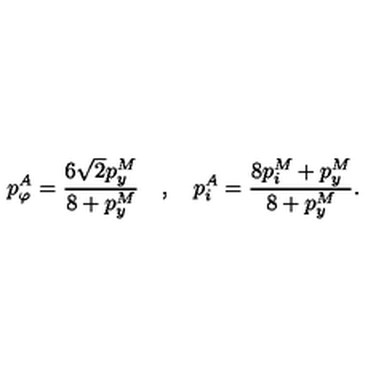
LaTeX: p _ { \varphi } ^ { A } = \frac { 6 \sqrt 2 p _ { y } ^ { M } } { 8 + p _ { y } ^ { M } } \quad , \quad p _ { i } ^ { A } = \frac { 8 p _ { i } ^ { M } + p _ { y } ^ { M } } { 8 + p _ { y } ^ { M } } .